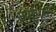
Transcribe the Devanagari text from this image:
उपरेपणा